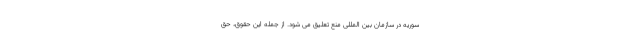
سوریه در سازمان بین المللی منع تعلیق می شود. از جمله این حقوق، حق